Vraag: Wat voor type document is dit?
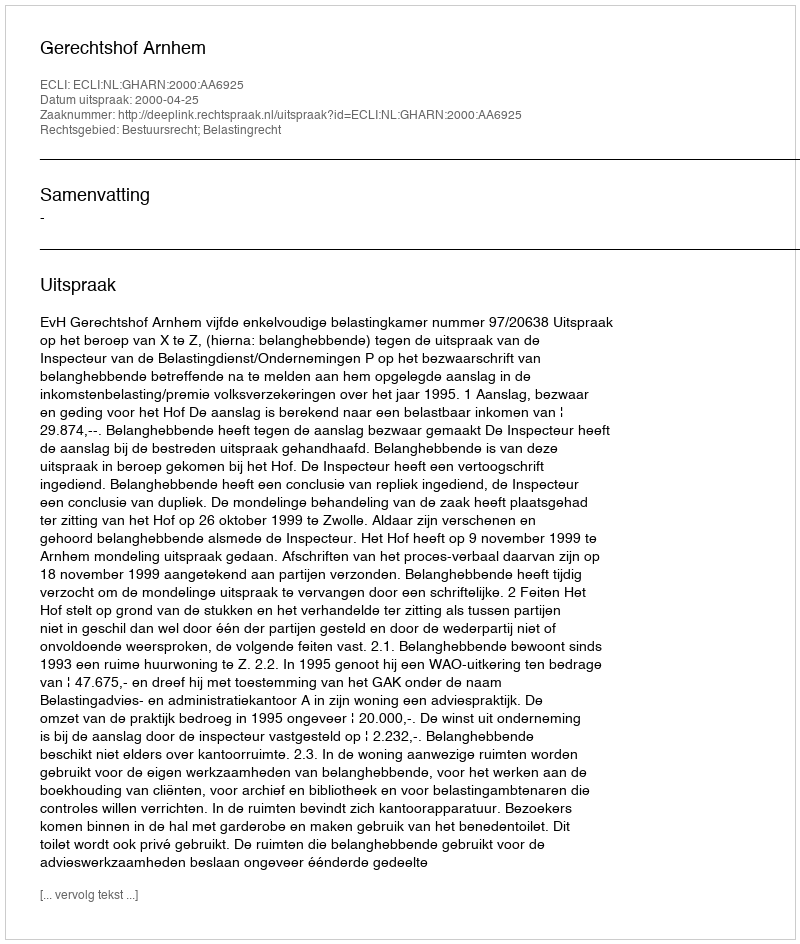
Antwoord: Uitspraak